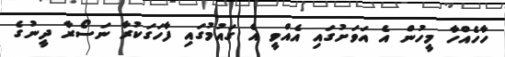
ހާހެއްހާ މީހުން އެ އަވަށުގައި އެއްވީ އެ ގައުމުގައި ފާހަގަކުރާ ނަސޯރާ ދީނުގެ